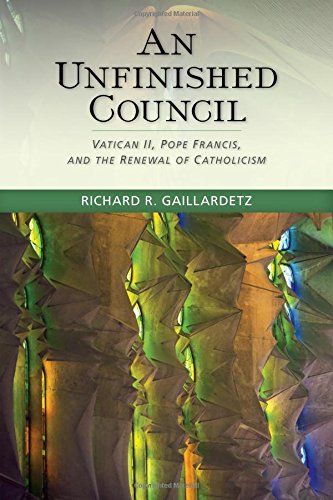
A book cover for An Unfinished Council: Vatican II, Pope Francis, and the Renewal of Catholicism; Richard  R. Gaillardetz; Christian Books & Bibles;